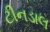
ટીનડાલ